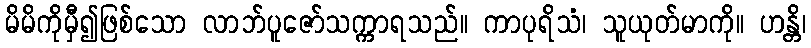
မိမိကိုမှီ၍ဖြစ်သော လာဘ်ပူဇော်သက္ကာရသည်။ ကာပုရိသံ၊ သူယုတ်မာကို။ ဟန္တိ၊